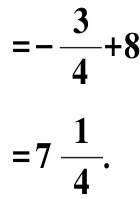
\[
\begin{align*}
&=-\frac{3}{4} + 8\\
&=7\frac{1}{4}.
\end{align*}
\]